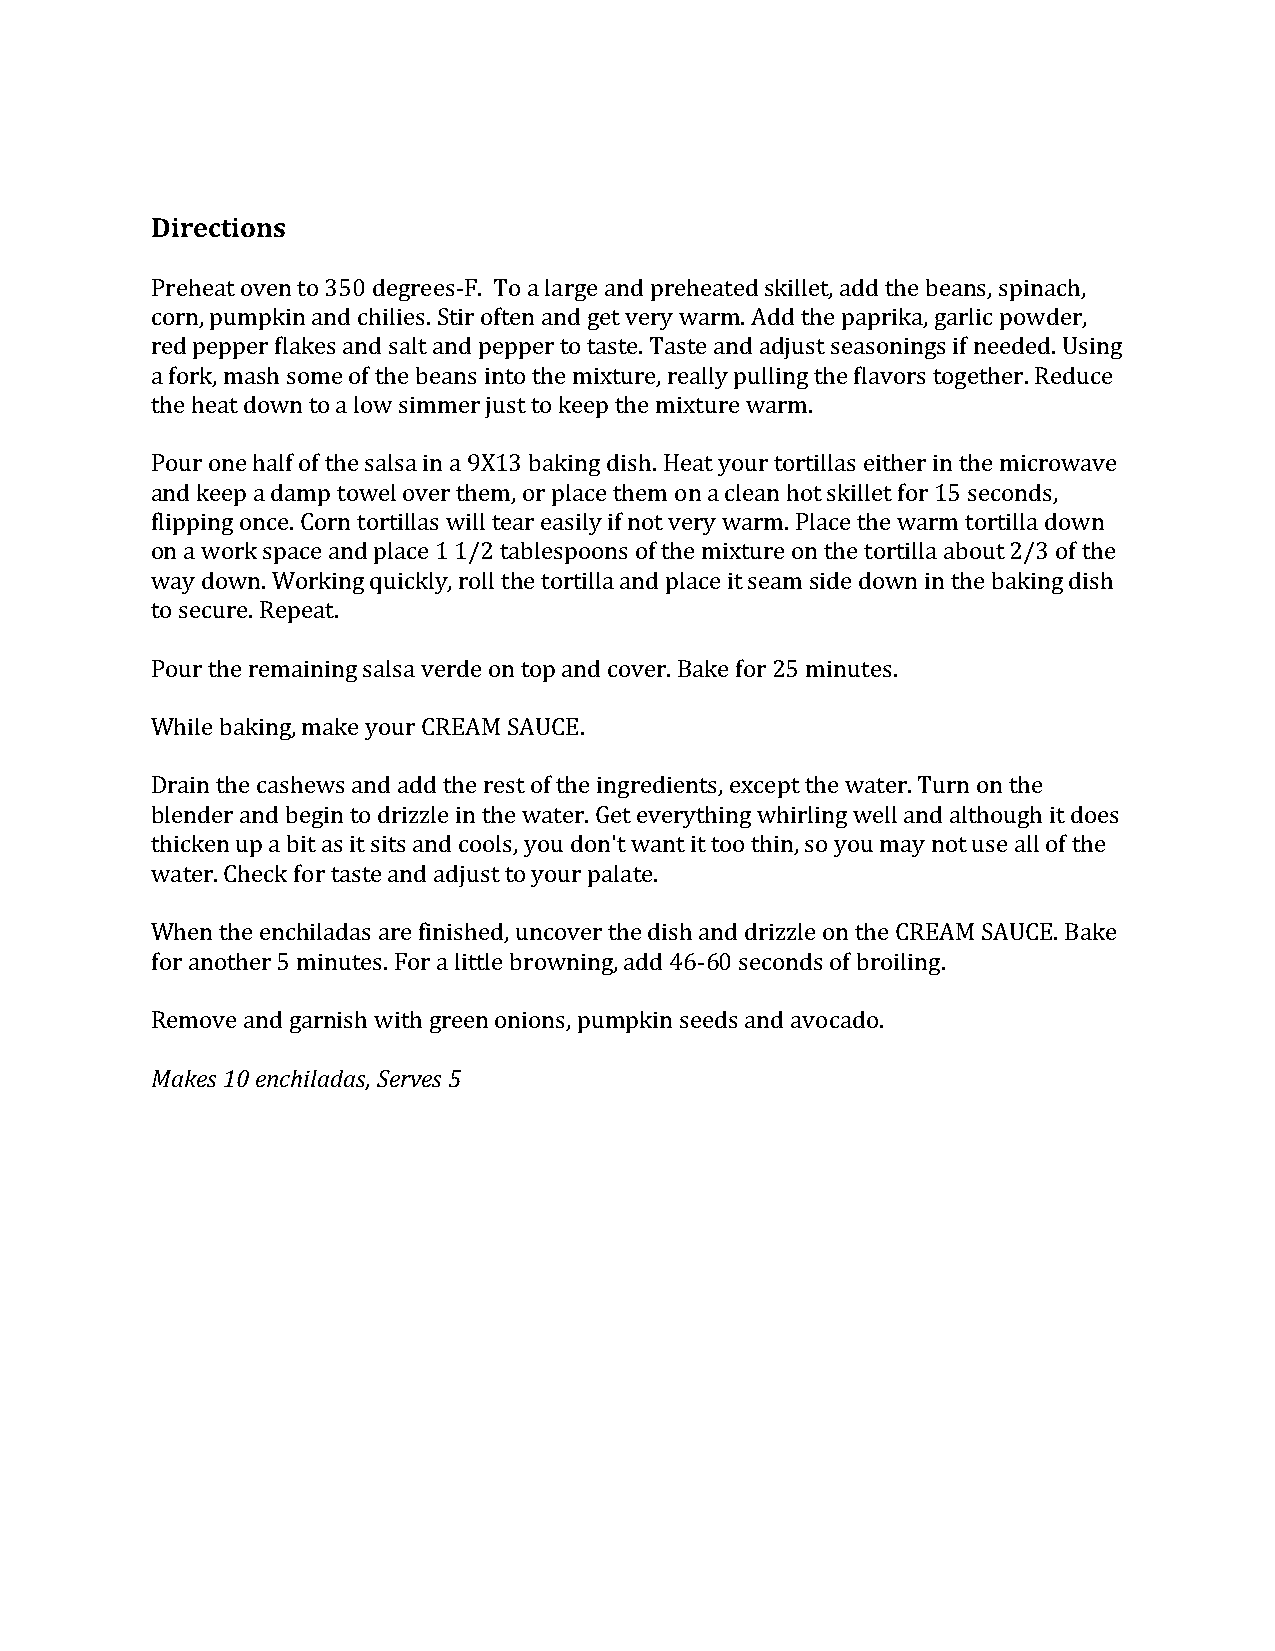
Directions
 Preheat oven to 350 degrees-F. To a large and preheated skillet, add the beans, spinach,
 corn, pumpkin and chilies. Stir often and get very warm. Add the paprika, garlic powder,
 red pepper flakes and salt and pepper to taste. Taste and adjust seasonings if needed. Using
 a fork, mash some of the beans into the mixture, really pulling the flavors together. Reduce
 the heat down to a low simmer just to keep the mixture warm.
 Pour one half of the salsa in a 9X13 baking dish. Heat your tortillas either in the microwave
 and keep a damp towel over them, or place them on a clean hot skillet for 15 seconds,
 flipping once. Corn tortillas will tear easily if not very warm. Place the warm tortilla down
 on a work space and place 1 1/2 tablespoons of the mixture on the tortilla about 2/3 of the
 way down. Working quickly, roll the tortilla and place it seam side down in the baking dish
 to secure. Repeat.
 Pour the remaining salsa verde on top and cover. Bake for 25 minutes.
 While baking, make your CREAM SAUCE.
 Drain the cashews and add the rest of the ingredients, except the water. Turn on the
 blender and begin to drizzle in the water. Get everything whirling well and although it does
 thicken up a bit as it sits and cools, you don't want it too thin, so you may not use all of the
 water. Check for taste and adjust to your palate.
 When the enchiladas are finished, uncover the dish and drizzle on the CREAM SAUCE. Bake
 for another 5 minutes. For a little browning, add 46-60 seconds of broiling.
 Remove and garnish with green onions, pumpkin seeds and avocado.
 Makes 10 enchiladas, Serves 5